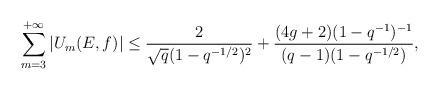
LaTeX: \begin{align*}\sum_{m=3}^{+\infty}\vert U_m(E,f)\vert\leq \frac{2}{\sqrt{q}(1-q^{-1/2})^2}+\frac{(4g+2)(1-q^{-1})^{-1}}{(q-1)(1-q^{-1/2})},\end{align*}